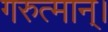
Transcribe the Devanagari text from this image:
गरुत्मान्।